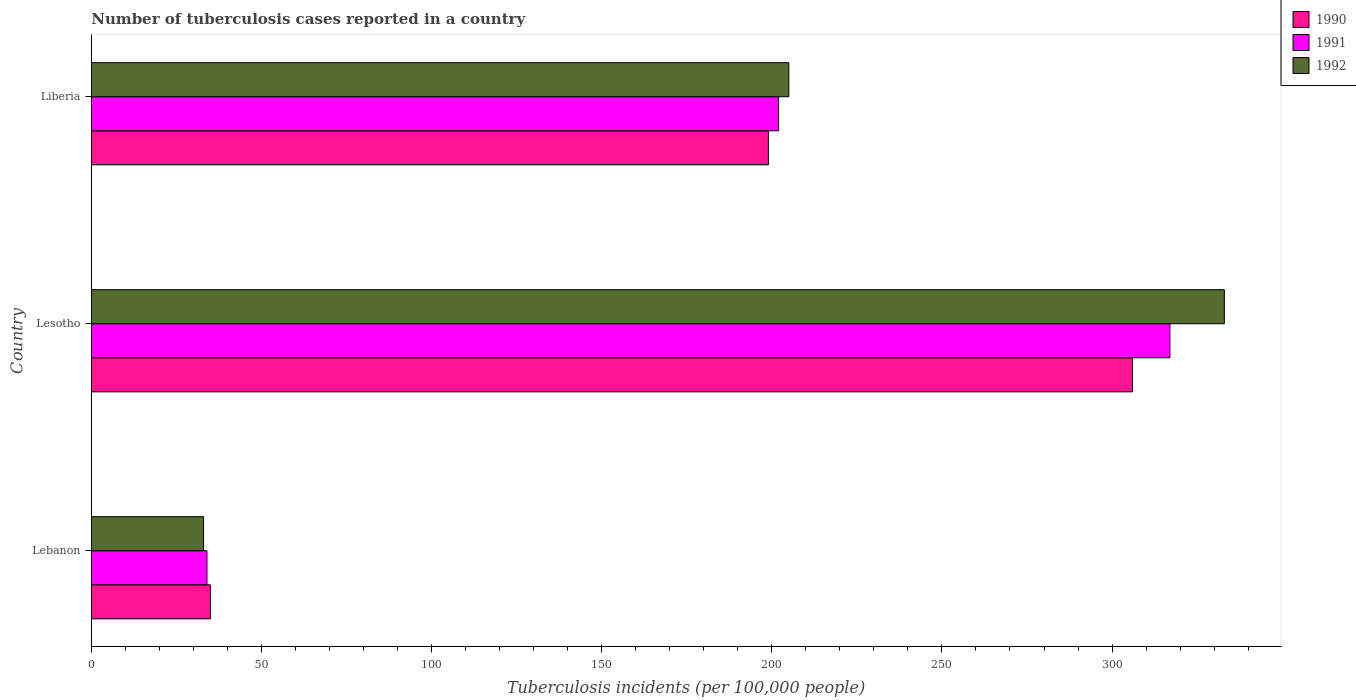
| Country | 1990 | 1991 | 1992 |
 | --- | --- | --- | --- |
 | Lebanon | 35 | 34 | 33 |
 | Lesotho | 306 | 317 | 333 |
 | Liberia | 199 | 202 | 205 |